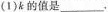
(1)k的值是___.